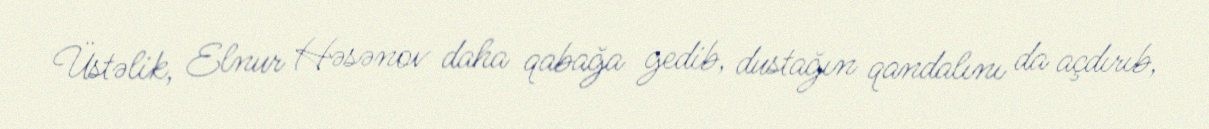
Üstəlik, Elnur Həsənov daha qabağa gedib, dustağın qandalını da açdırıb,